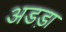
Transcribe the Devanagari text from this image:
अडड़ा